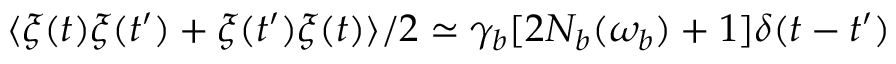
\langle \xi ( t ) \xi ( t ^ { \prime } ) + \xi ( t ^ { \prime } ) \xi ( t ) \rangle / 2 \simeq \gamma _ { b } [ 2 N _ { b } ( \omega _ { b } ) + 1 ] \delta ( t - t ^ { \prime } )